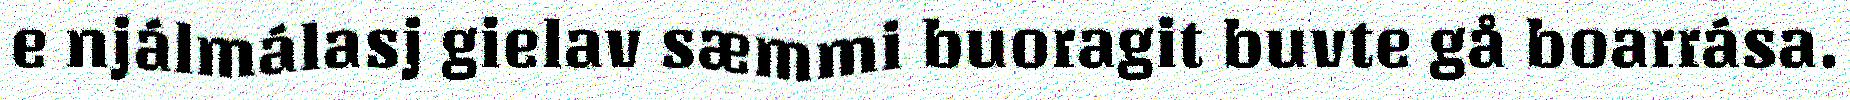
e njálmálasj gielav sæmmi buoragit buvte gå boarrása.